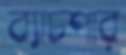
ব্যাচপার